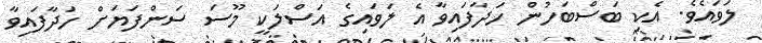
ލަވައެވެ. އެކި ބަސްބަހުން ހަދާފައިވާ އެ ލަވައިގެ އަސްލަކީ މޫސަ ސަންފަޔަށް ހަދާފައިވާ